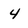
Character: 4